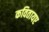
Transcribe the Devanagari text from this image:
कवितायए